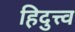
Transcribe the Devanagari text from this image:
हिदुत्त्व